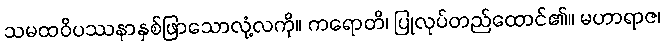
သမထဝိပဿနာနှစ်ဖြာသောလုံ့လကို။ ကရောတိ၊ ပြုလုပ်တည်ထောင်၏။ မဟာရာဇ၊